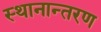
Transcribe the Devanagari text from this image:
स्‍थानान्‍तरण